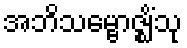
အဘိသမ္ဗောဇ္ဈိံသု